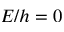
E / h = 0